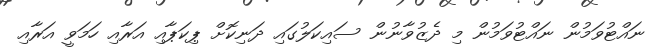
ނައްޓުވަމުން ނައްޓުވަމުން މި ދެޒުވާނުން ސައިކަލުގައި ދަނިކޮށް ޕިކަޕާއި އަރާއި ހަމަވީ އަރާއި